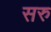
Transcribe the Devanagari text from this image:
सरु